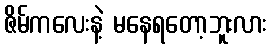
ဇိမ်ကလေးနဲ့ မနေရတော့ဘူးလား